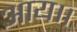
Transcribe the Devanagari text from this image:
आय।।